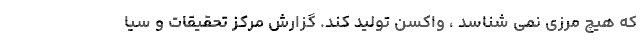
که هیچ مرزی نمی شناسد ، واکسن تولید کند. گزارش مرکز تحقیقات و سیا